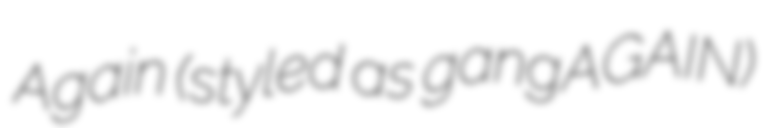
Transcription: Again (styled as gangAGAIN)